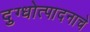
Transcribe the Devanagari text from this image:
दुग्धोत्पादनाचे